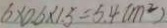
6 \times 0 . 6 \times 1 . 5 = 5 . 4 ( m ^ { 2 } )